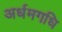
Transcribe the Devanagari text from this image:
अर्धमगधि